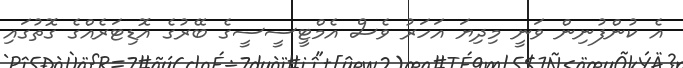
އެ ކުންފުނިން ވަނީ މިދިޔަ އަހަރު ވެސް އެމްޓީސީސީގެ ބޭރުގެ އޮޑިޓަރެއްގެ ގޮތުގައި